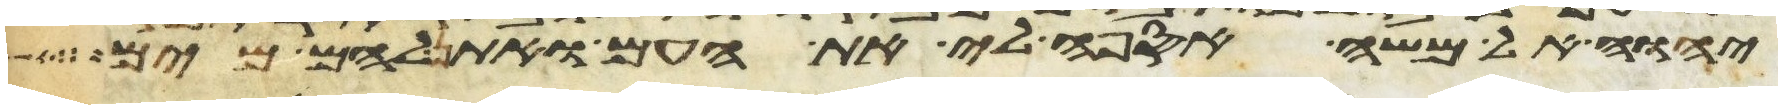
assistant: יהוה אל משה אספה לי את העם ואתן להם מים